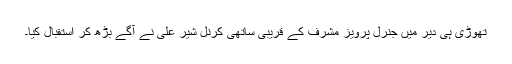
تھوڑی ہی دیر میں جنرل پرویز مشرف کے قریبی ساتھی کرنل شیر علی نے آگے بڑھ کر استقبال کیا۔